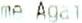
ME AGAI